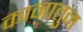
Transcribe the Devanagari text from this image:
कानातुन